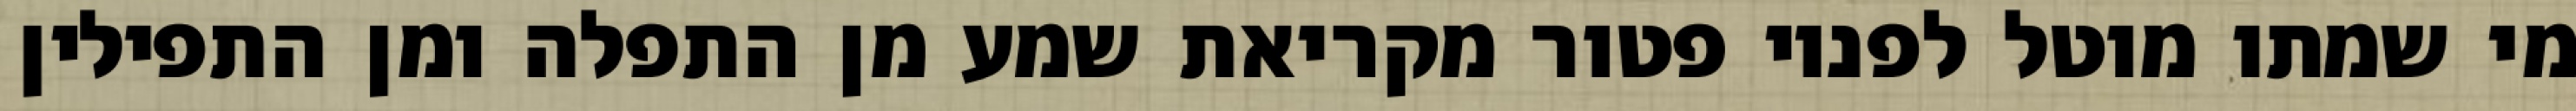
מי שמתו מוטל לפניו פטור מקריאת שמע מן התפלה ומן התפילין